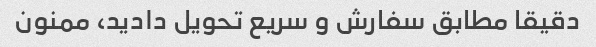
دقیقا مطابق سفارش و سریع تحویل دادید، ممنون